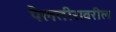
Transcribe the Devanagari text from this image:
पैलतीरावरील